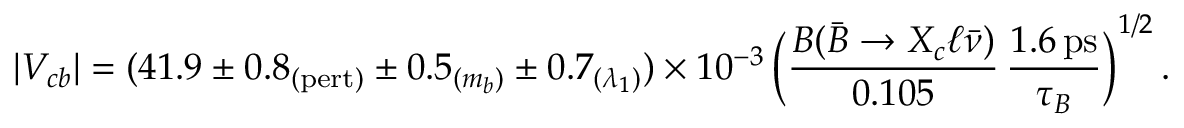
| V _ { c b } | = ( 4 1 . 9 \pm 0 . 8 _ { ( \mathrm { p e r t ) } } \pm 0 . 5 _ { ( m _ { b } ) } \pm 0 . 7 _ { ( \lambda _ { 1 } ) } ) \times 1 0 ^ { - 3 } \, \bigg ( { \frac { { \cal B } ( \bar { B } \to X _ { c } \ell \bar { \nu } ) } { 0 . 1 0 5 } } \, { \frac { 1 . 6 \, \mathrm { p s } } { \tau _ { B } } } \bigg ) ^ { 1 / 2 } \, .